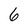
Character: 6